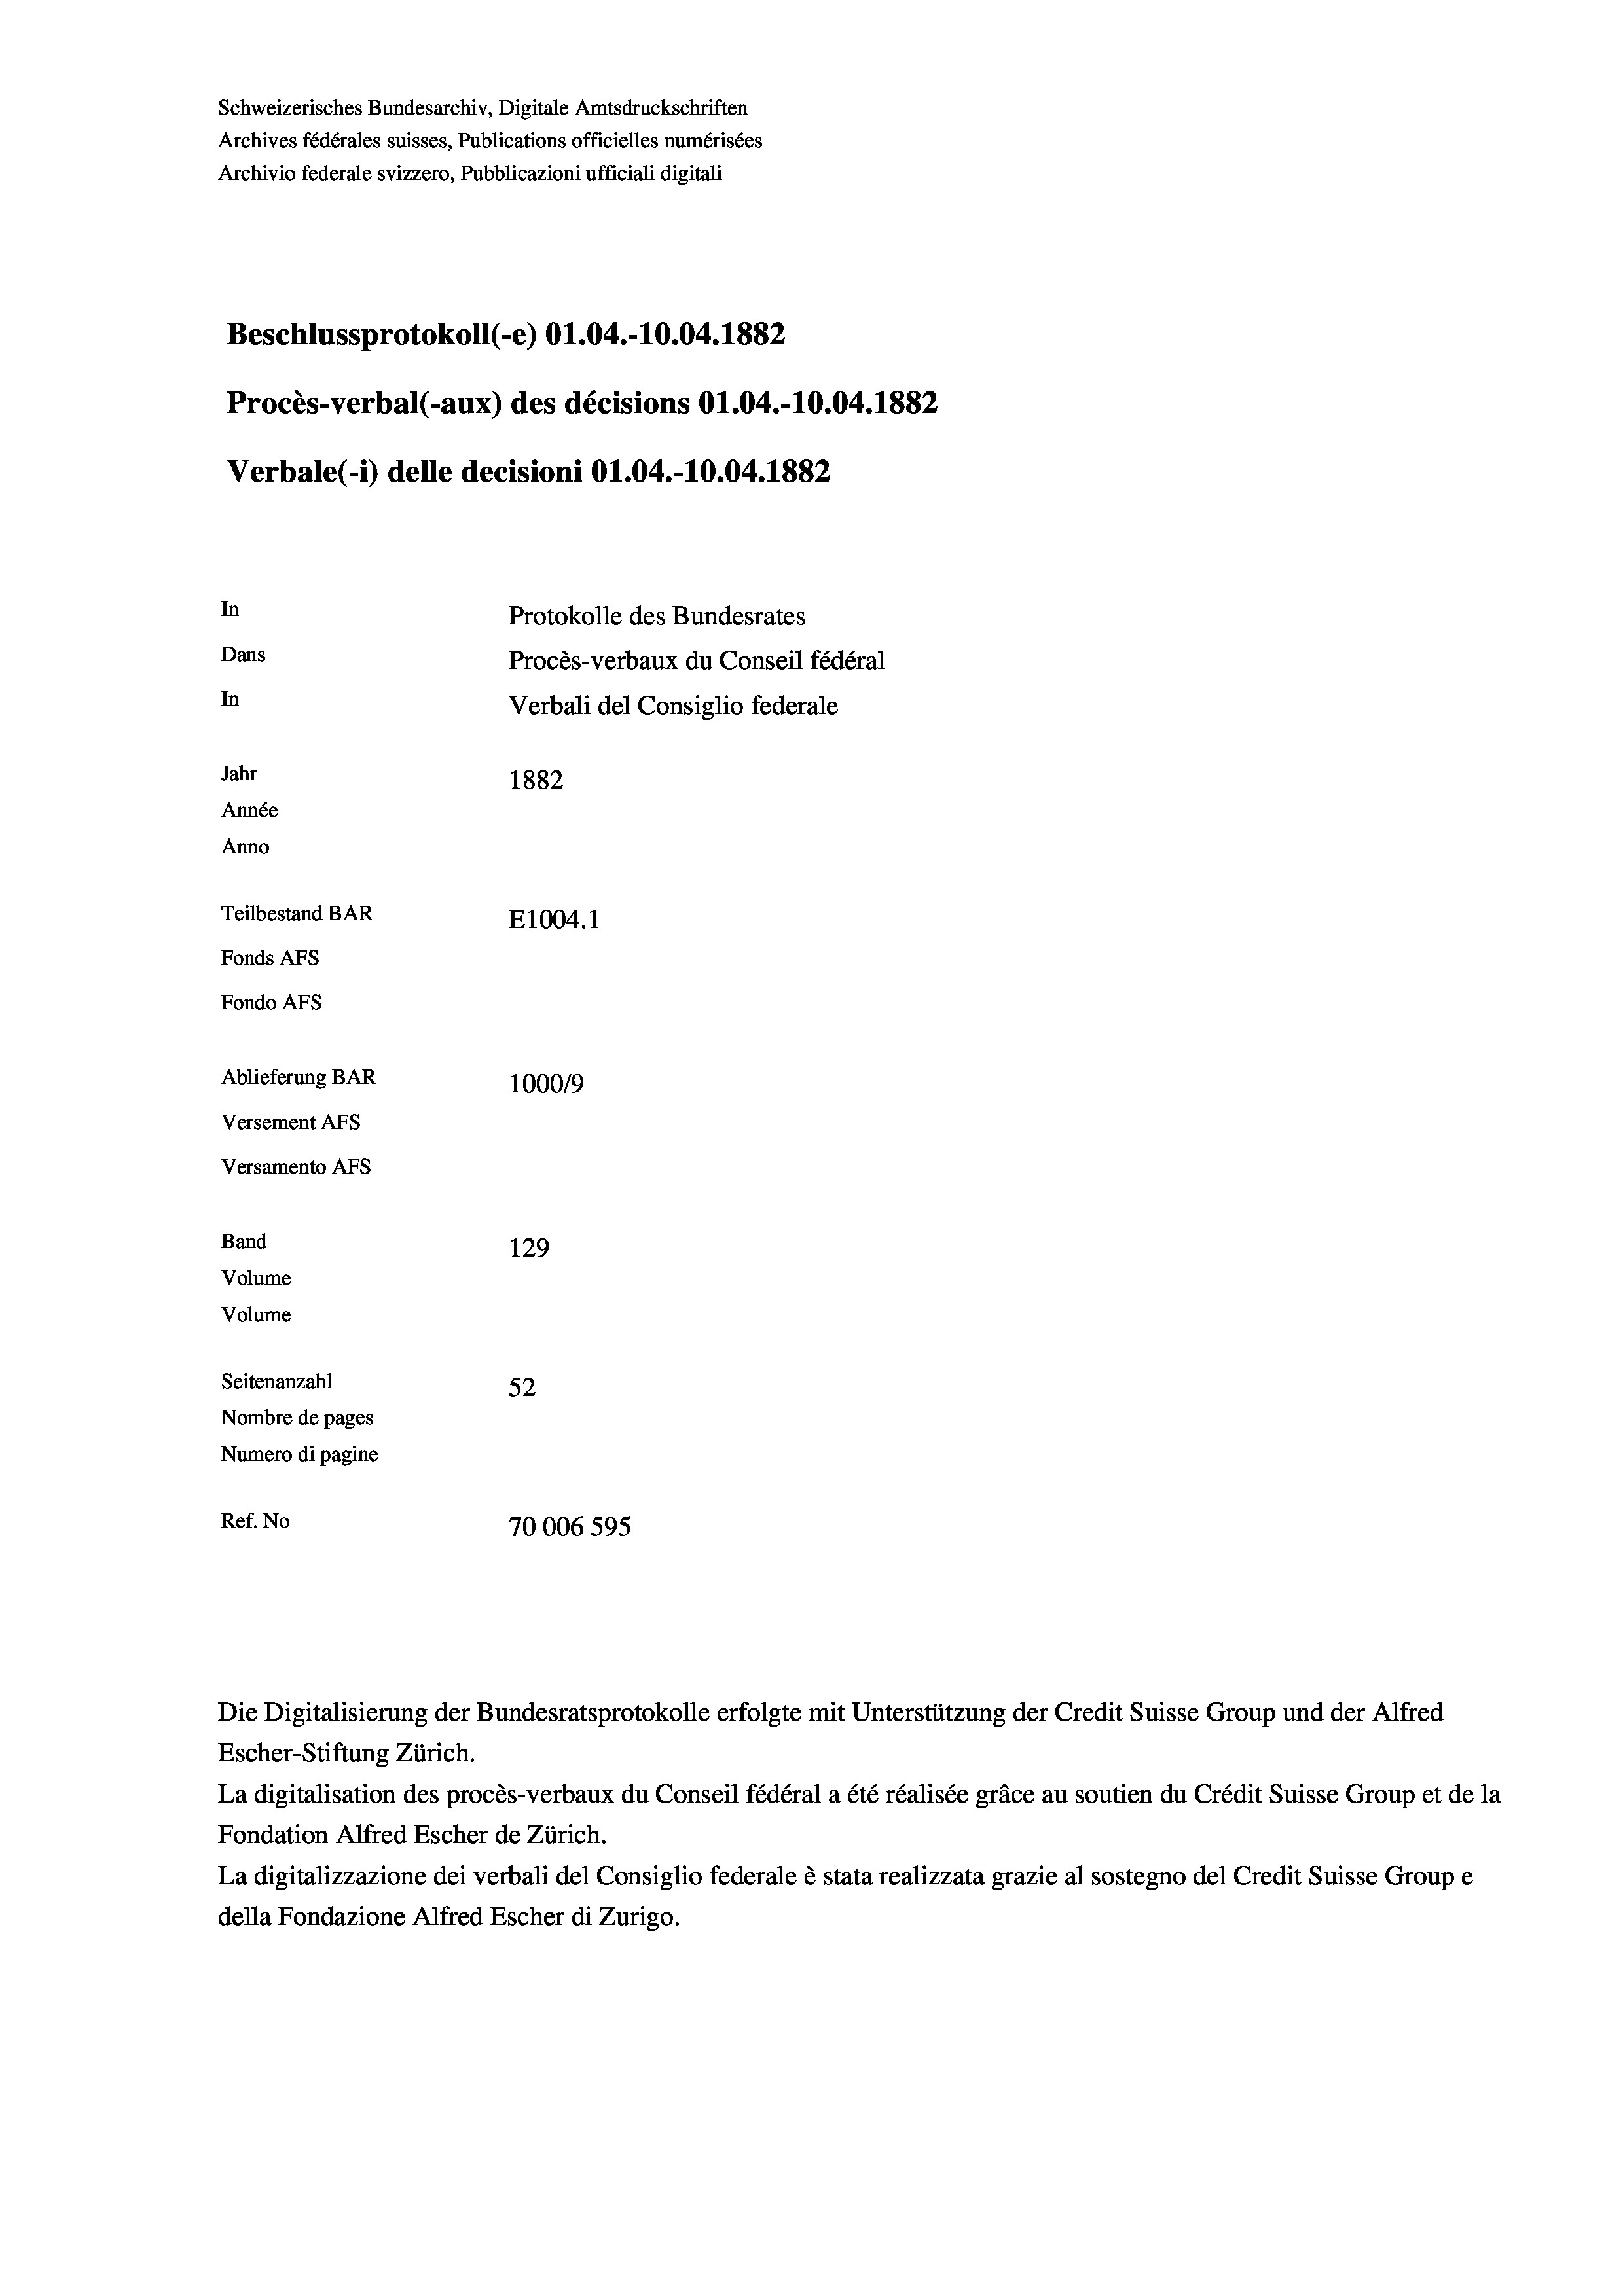
Schweizerisches Bundesarchiv, Digitale Amtsdruckschriften
Archives fédérales suisses, Publications officielles numérisées
Archivio federale svizzero, Pubblicazioni ufficiali digitali
Beschlussprotokoll (-e) O1.04.-10.04. 1882
Procès-verbal (-aux) des décisions O1.04.-10.04. 1882
Verbale(-*) delle decisioni O1.04.-10.04. 1882
In
Protokolle des Bundesrates
Dans
Procès-verbaux du Conseil fédéral
In
Verbali del Consiglio federale
Jahr
1882
Année
Anno
Teilbestand BAR
E1004. 1
Fonds AFs
Fondo Afs
Ablieferung BAR
100019
Versement AFs
Versamento AFs
Band
129
Volume
Volume

Seitenanzahl
52
Nombre de pages
Numero di pagine
Ref. No
70006 595

Escher-Stiftung Zürich.
La digitalisation des procès-verbaux du Conseil fédéral a été réalisée gräce au soutien du Crédit Suisse Group et de la
Fondation Alfred Escher de Zürich.
La digitalizzazione dei verbali del Consiglio federale è stata realizzata grazie al sostegno del Credit Suisse Groupe
della Fondazione Alfred Escher di Zurigo.

Die Digitalisierung der Bundesratsprotokolle erfolgte mit Unterstützung der Credit Suisse Group und der Alfred